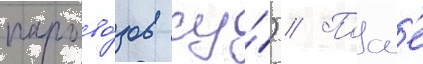
парово́зов су́) // Посл'е